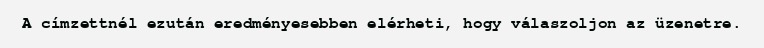
A címzettnél ezután eredményesebben elérheti, hogy válaszoljon az üzenetre.